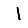
Digit: 1